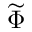
\widetilde { \Phi }